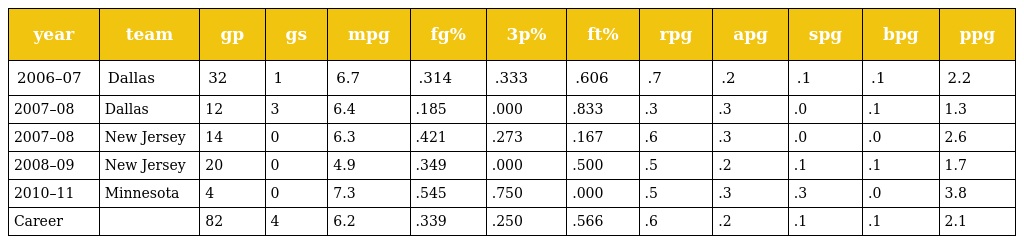
| year | team | gp | gs | mpg | fg% | 3p% | ft% | rpg | apg | spg | bpg | ppg |
 | --- | --- | --- | --- | --- | --- | --- | --- | --- | --- | --- | --- | --- |
 | 2006–07 | Dallas | 32 | 1 | 6.7 | .314 | .333 | .606 | .7 | .2 | .1 | .1 | 2.2 |
 | 2007–08 | Dallas | 12 | 3 | 6.4 | .185 | .000 | .833 | .3 | .3 | .0 | .1 | 1.3 |
 | 2007–08 | New Jersey | 14 | 0 | 6.3 | .421 | .273 | .167 | .6 | .3 | .0 | .0 | 2.6 |
 | 2008–09 | New Jersey | 20 | 0 | 4.9 | .349 | .000 | .500 | .5 | .2 | .1 | .1 | 1.7 |
 | 2010–11 | Minnesota | 4 | 0 | 7.3 | .545 | .750 | .000 | .5 | .3 | .3 | .0 | 3.8 |
 | Career |  | 82 | 4 | 6.2 | .339 | .250 | .566 | .6 | .2 | .1 | .1 | 2.1 |